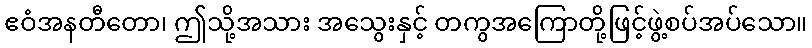
ဧဝံအနတီတော၊ ဤသို့အသား အသွေးနှင့် တကွအကြောတို့ဖြင့်ဖွဲ့စပ်အပ်သော။